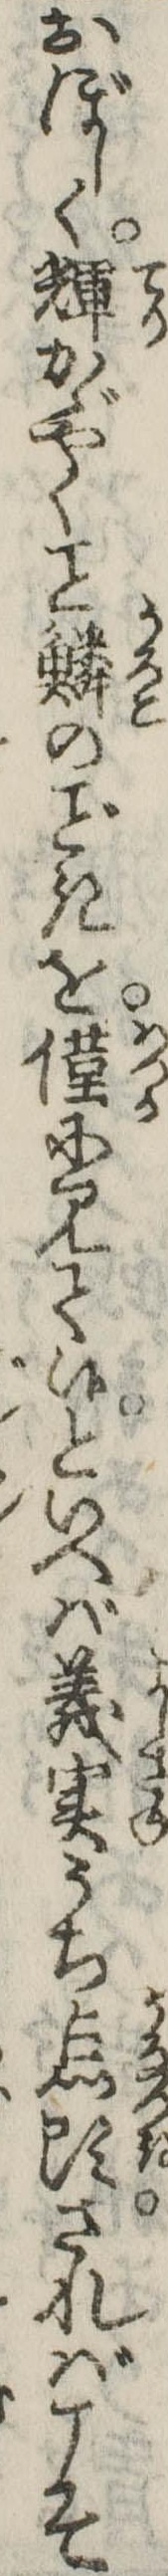
おぼしく輝かゞやく鱗のきを僅に見て候といへば義実うち点頭さればこそ